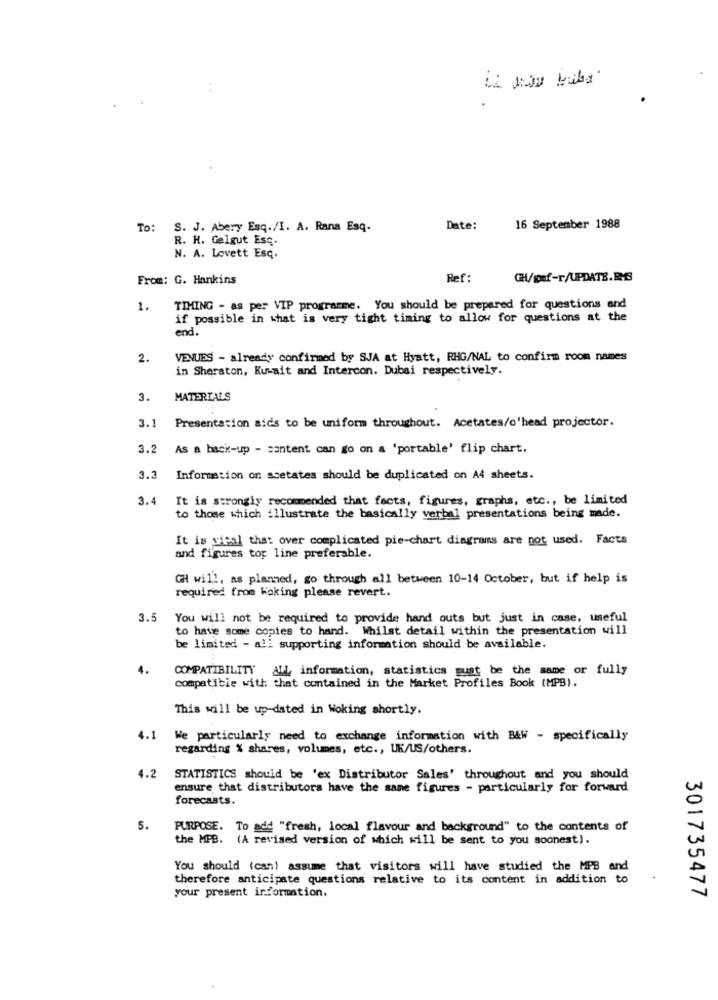
To: S. J. Abery Esq./I. A. Rana Esq-
Date:
16 September 1988
R. H. Gelgut Esq.
N. A. Lovett Esc.
From: G. Hankins
Ref:
CH/caf-r/UPDATE.RMS
1.
TIMING - as per VIP programme. You should be prepared for questions and
if possible in what is very tight timing to allow for questions at the
end.
2.
VENUES - already confirmed by SJA at Hyatt, RHG/NAL to confirm room names
in Sheraton, Kuwait and Intercon. Dubai respectively.
3.
MATERIALS
3.1
Presentation aids to be uniform throughout. Acetates/o'head projector.
3.2
As a back-up - santent can go on a 'portable' flip chart.
3.3
Information on ssetates should be duplicated on A4 sheets.
3.4
It is strongly recommended that facts, figures, graphs, etc ., be limited
to those which illustrate the basically verbal presentations being made.
It is wieal that over complicated pie-chart diagrams are not used. Facts
and figures top line preferable.
GH will, as planned, go through all between 10-14 October, but if help is
required from Waking please revert.
3.5
You will not be required to provide hand outs but just in case, useful
to have some copies to hand. Whilst detail within the presentation will
be limited - all supporting information should be available.
4.
COMPATIBILITY
All information, statistics must be the same or fully
compatible with that contained in the Market Profiles Book (MPB).
This will be up-dated in Woking shortly.
4.1
We particularly need to exchange information with B&W - specifically
regarding % shares, volumes, etc ., UK/US/others.
4.2 STATISTICS should be 'ex Distributor Sales' throughout and you should
ensure that distributors have the same figures - particularly for forward
forecasts.
5.
PURPOSE. To add "fresh, local flavour and background" to the contents of
the MPB. (A revised version of which will be sent to you soonest).
You should (can) assume that visitors will have studied the MPB and
therefore anticipate questions relative to its content in addition to
your present information.
301735477